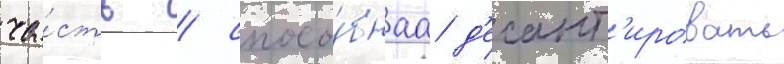
ча́сть / спосо́бнаа д'есант'ировать